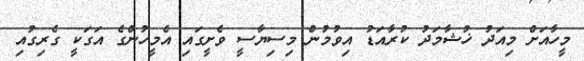
މީހާއަށް މިއަދު ޚުޝާމަދު ކުރާއަޑު އިވުމުން މިސިޔާސީ ވެށީގައި އެމީހުންގެ އަގަކީ ގެރިގުއި